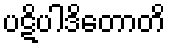
ပဋိပါဒိတောတိ